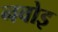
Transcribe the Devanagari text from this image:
नवोइ